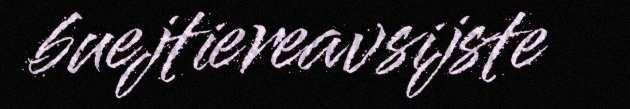
buejtiereavsijste